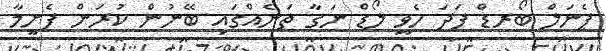
ޕެނަލް ބޯރޑް ފަދަ ހެވީ ލޯޑް ނަގާ ތަނެއްގައި ބޭނުން ކުރަން ފެށީމާ